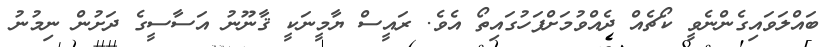
ބައްލަވައިގެންނެވީ ކޯޗެއް ދެއްވުމަށްފަހުގައިތޯ އެވެ. ރައީސް ޔާމީނަކީ ޤާނޫނު އަސާސީގެ ދަށުން ނިމުނު